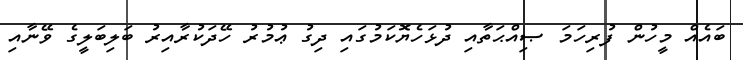
ބައެއް މީހުން ފުރިހަމަ ޞިއްޙަތާއި ދުޅަހެޔޮކަމުގައި ދިގު ޢުމުރު ހޭދަކުރާއިރު ބަލިބަލީގެ ވޭނާއި